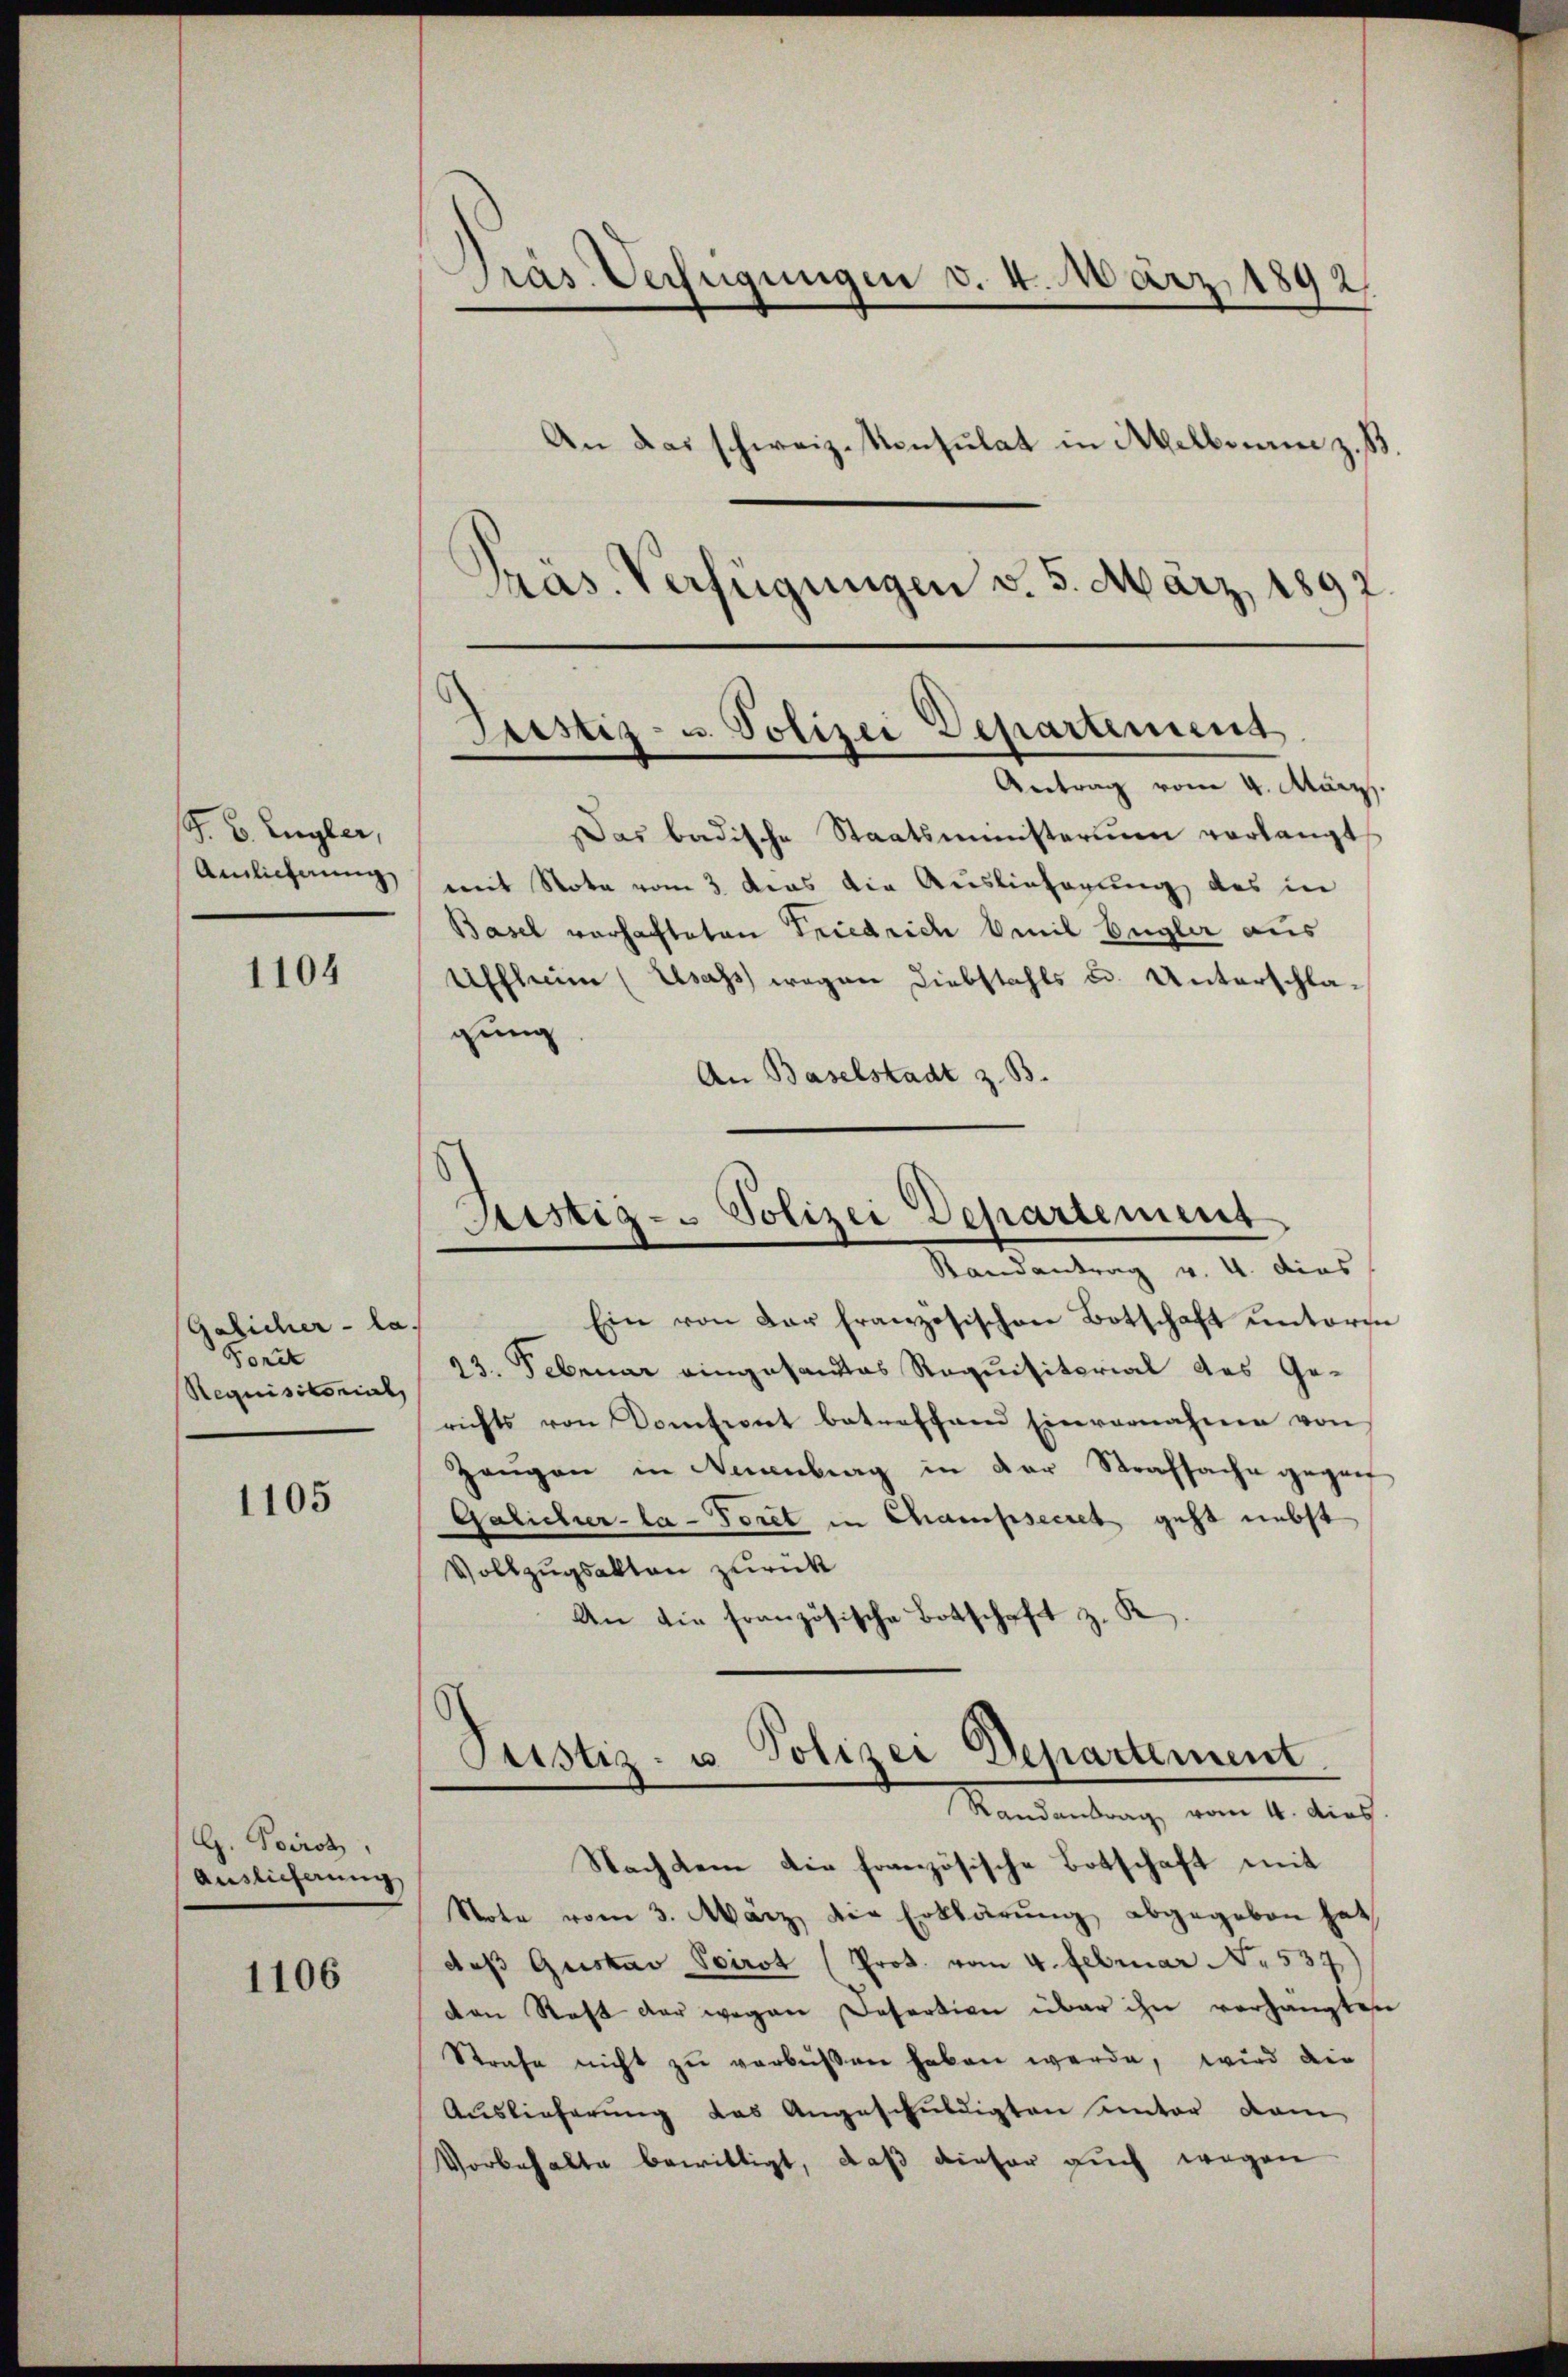
F. B. Eugler,
Amlicherung

1104

Gelicher - la
Forst
Requisitorial,

1105

G. Poirot,
Auslieferung

1106

Präs. Verfügungen v. 5. März 1892

Präs. Verfügungen v. 4. März 1892
An das schweiz. Konsulat in Melben z. B.

Justiz- u. Polizei Departemens

Antrag vom 4. März.
Das badische Staatsministerium vorlangt
mit Nota vom 3. das die Auslieferung des in
Basel vorhafteten Friedrich mit begler aus
Eiffheim (Usass wegen Diebstahls u. Unterschlagung
An Baselstadt z. B.

Sistig - Polizei Departement
Randantrag v. 4. dies

Ein von der französischen Botschaft unters
23. Februar eingesandtes Requisitorial des Gerichts von Domfiat betreffend Einvernahme von
Zeŭgen in Neuenburg in der Strafsache gegen
Galicher-la-Toret in Champsecret geht nebst
Vollzugsakten zurück
An die französische Botschaft z. K
Pustiz- u. Polizei Departement.
Randantrag vom 4. dies
Nachdem die französische Botschaft mit
Note vom 3. März die Erklärŭng abgegeben hat,
daβ Gustav Scirot (Prot. vom 4. Februar No. 537
von Rast der wegen Desertion über ihn verhängten
Strafe nicht zu verbüßen haben werde, wird die
Auslieferung das Angeschuldigten unter dam
Vorbehalte bewilligt, daß dieser auch wegen